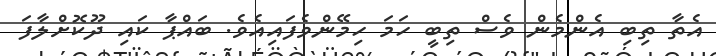
އެތާ ތިބި އެންމެން ވެސް ތިބީ ހަމަ ހިމޭންވެފައިއެވެ. ބައްޕާ ކައި ދޫކޮށްލާފަ